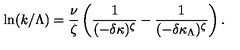
\ln ( k / \Lambda ) = \frac { \nu } { \zeta } \left( \frac { 1 } { ( - \delta \kappa ) ^ { \zeta } } - \frac { 1 } { ( - \delta \kappa _ { \Lambda } ) ^ { \zeta } } \right) .